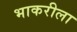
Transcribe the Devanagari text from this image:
भाकरीला